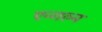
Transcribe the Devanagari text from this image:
एन्गल्न